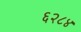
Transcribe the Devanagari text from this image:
६२८४